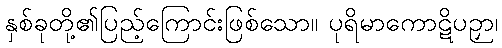
နှစ်ခုတို့၏ပြည့်ကြောင်းဖြစ်သော။ ပုရိမာကောဋိပဉှာ၊